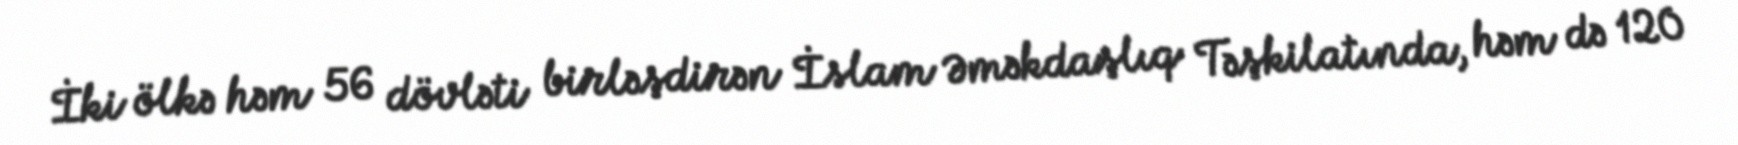
İki ölkə həm 56 dövləti birləşdirən İslam Əməkdaşlıq Təşkilatında, həm də 120